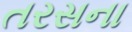
તરસના